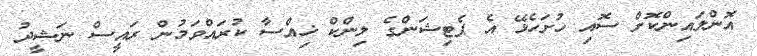
އޮންލައިންކޮށް ސޮއި ހުށަހެޅޭ އެ ޕެޓިޝަންގެ ލިންކް ޚިއްސާ ކުރައްވަމުން ރައީސް ނަޝީދު